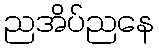
ညအိပ်ညနေ